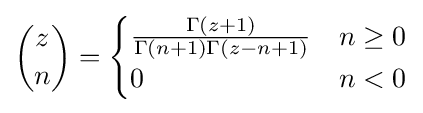
{z \choose n}={\begin{cases}{\frac {\Gamma (z+1)}{\Gamma (n+1)\Gamma (z-n+1)}}&n\geq 0\\0&n<0\end{cases}}